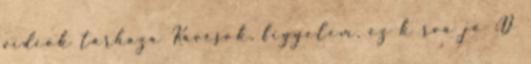
videók tárháza Kávésok, figyelem, ez k rva jó :D